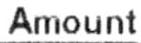
AMOUNT